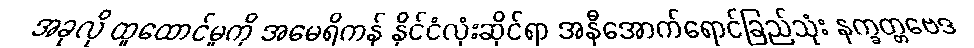
အခုလို ထူထောင်မှုကို အမေရိကန် နိုင်ငံလုံးဆိုင်ရာ အနီအောက်ရောင်ခြည်သုံး နက္ခတ္တဗေဒ